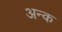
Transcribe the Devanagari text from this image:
अन्क